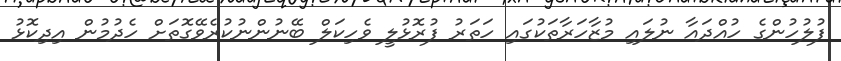
ފުލުހުންގެ ހުއްދައާ ނުލައި މުޒާހަރާތަކުގައި ހަތަރު ފުރޮޅުލީ ވެހިކަލް ބޭނުންނުކުރެވޭގޮތަށް ހެދުމުން އިދިކޮޅު